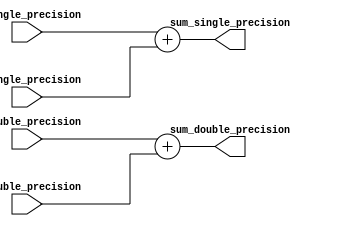
module mixed_precision_fp_unit (
    input wire [31:0] a_single_precision,
    input wire [31:0] b_single_precision,
    input wire [63:0] a_double_precision,
    input wire [63:0] b_double_precision,

    output reg [31:0] sum_single_precision,
    output reg [63:0] sum_double_precision
);

always @* begin
    sum_single_precision = a_single_precision + b_single_precision;
    sum_double_precision = a_double_precision + b_double_precision;
end

endmodule